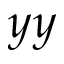
y y